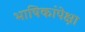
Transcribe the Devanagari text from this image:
भाषिकांपेक्षा